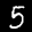
Label: 5